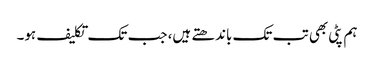
ہم پٹی بھی تب تک باندھتے ہیں، جب تک تکلیف ہو۔